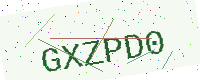
Text: GXZPD0